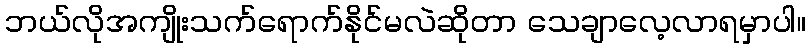
ဘယ်လိုအကျိုးသက်ရောက်နိုင်မလဲဆိုတာ သေချာလေ့လာရမှာပါ။